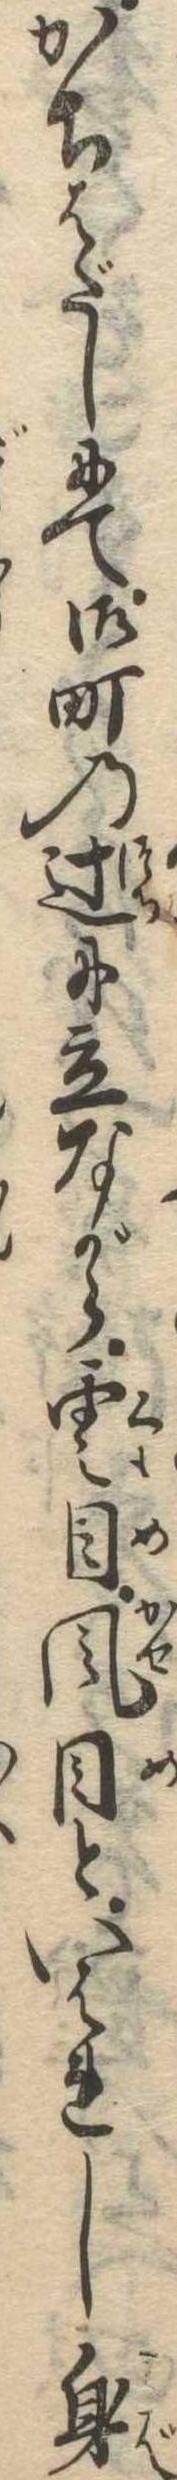
かちはだしにて御町の辻に立ながら雲目風目といはれし身